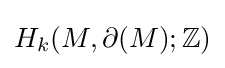
H_{k}(M,\partial (M);\mathbb {Z} )